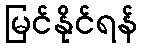
မြင်နိုင်ရန်